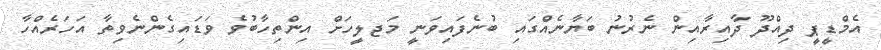
އެމްޑީޕީ ދިއްދޫ ދާއިރާއިން ނެރުނު ބަޔާނެއްގައި ބުނެފައިވަނީ މަޖލީހަށް އިންތިހާބުވެ ވަޑައިގެންނެވިތާ އަހަރެއްހާ